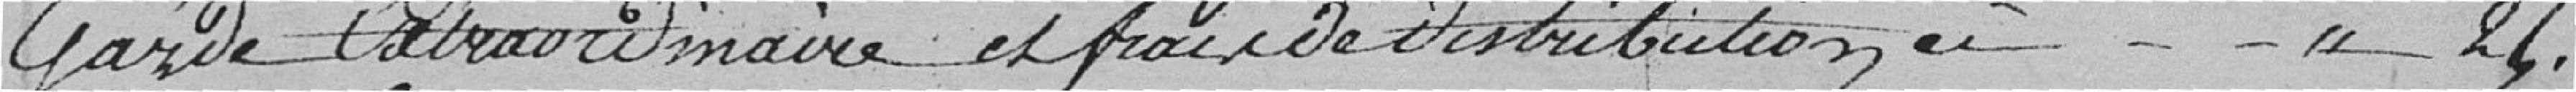
garde extraordinaire et frais de distribution à "25